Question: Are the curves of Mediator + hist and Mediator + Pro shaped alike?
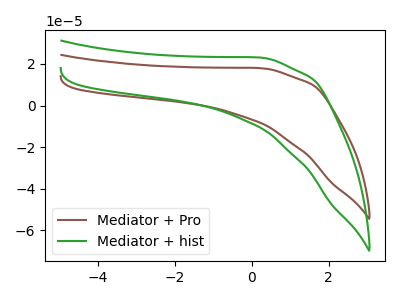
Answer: <think>The brown curve "Mediator + Pro" has no peaks. The green curve "Mediator + hist" has no peaks.
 Neither "Mediator + hist" or "Mediator + Pro" have any peaks.</think>
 <answer>"Mediator + hist" and "Mediator + Pro" are similar in shape.</answer>
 <eval>same_shape</eval>